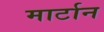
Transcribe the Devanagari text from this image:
मार्टान